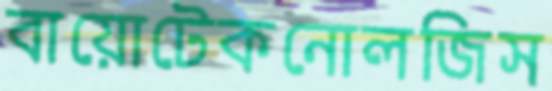
বায়োটেকনোলজিস